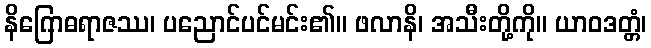
နိဂြောဓရာဇဿ၊ ပညောင်ပင်မင်း၏။ ဖလာနိ၊ အသီးတို့ကို။ ယာဝဒတ္တံ၊